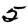
Digit: 5